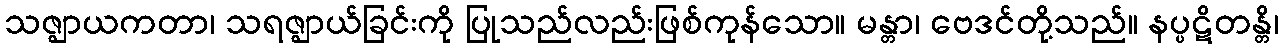
သဇ္ဈာယကတာ၊ သရဇ္ဈာယ်ခြင်းကို ပြုသည်လည်းဖြစ်ကုန်သော။ မန္တာ၊ ဗေဒင်တို့သည်။ နပ္ပဋိတန္တိ၊